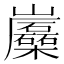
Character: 𡿛